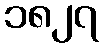
၁၈၂၇